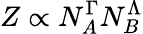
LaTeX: Z\propto N_{A}^{\Gamma}N_{B}^{\Lambda}